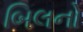
બિલનો